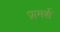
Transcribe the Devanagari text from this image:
प्रामर्श